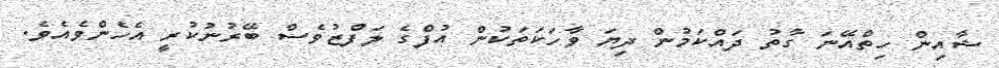
ޝާއިން ހިތްއޭނަ ގާތު ދައްކަމުން ދިޔަ ވާހަކަތަކުން އުފްގެ ލަފްޒުވެސް ބޭރުނުކުރީ އެހެންވެއެވެ.